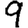
Digit: 9